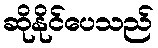
ဆိုနိုင်ပေသည်